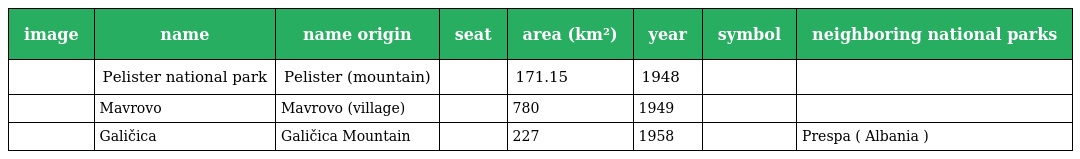
| image | name | name origin | seat | area (km²) | year | symbol | neighboring national parks |
 | --- | --- | --- | --- | --- | --- | --- | --- |
 |  | Pelister national park | Pelister (mountain) |  | 171.15 | 1948 |  |  |
 |  | Mavrovo | Mavrovo (village) |  | 780 | 1949 |  |  |
 |  | Galičica | Galičica Mountain |  | 227 | 1958 |  | Prespa ( Albania ) |